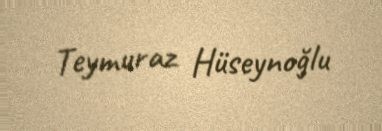
Teymuraz Hüseynoğlu